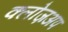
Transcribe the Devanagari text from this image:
क्लोज़अप